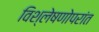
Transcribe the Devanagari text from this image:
विश्लेषणोपरांत